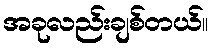
အခုလည်းချစ်တယ်။